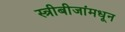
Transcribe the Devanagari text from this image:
स्त्रीबीजांमधून